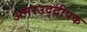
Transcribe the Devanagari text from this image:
अमरउद्दीपक